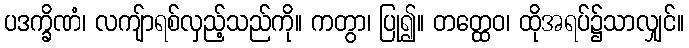
ပဒက္ခိဏံ၊ လကျ်ာရစ်လှည့်သည်ကို။ ကတွာ၊ ပြု၍။ တတ္ထေဝ၊ ထိုအရပ်၌သာလျှင်။